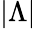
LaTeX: \vert\Lambda\vert